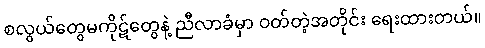
စလွယ်တွေမကိုဋ်တွေနဲ့ ညီလာခံမှာ ဝတ်တဲ့အတိုင်း ရေးထားတယ်။